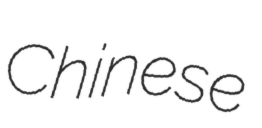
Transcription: Chinese